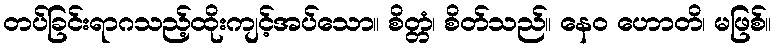
တပ်ခြင်းရာဂသည့်ထိုးကျင့်အပ်သော။ စိတ္တံ၊ စိတ်သည်။ နေဝ ဟောတိ၊ မဖြစ်။